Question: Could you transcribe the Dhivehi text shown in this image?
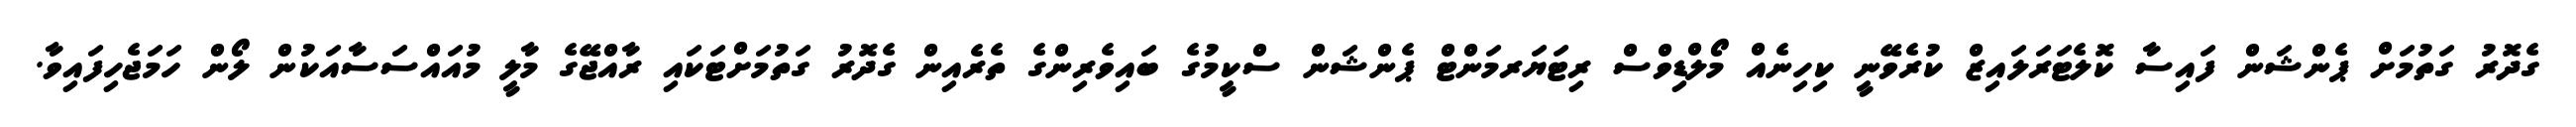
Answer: ގެދޮރު ގަތުމަށް ޕެންޝަން ފައިސާ ކޮލެޓަރަލައިޒް ކުރެވޭނީ ކިހިނެއް މޯލްޑިވްސް ރިޓަޔަރމަންޓް ޕެންޝަން ސްކީމުގެ ބައިވެރިންގެ ތެރެއިން ގެދޮރު ގަތުމަށްޓަކައި ރާއްޖޭގެ މާލީ މުއައްސަސާއަކުން ލޯން ހަމަޖެހިފައިވާ.